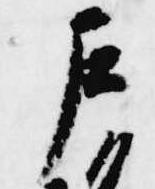
左